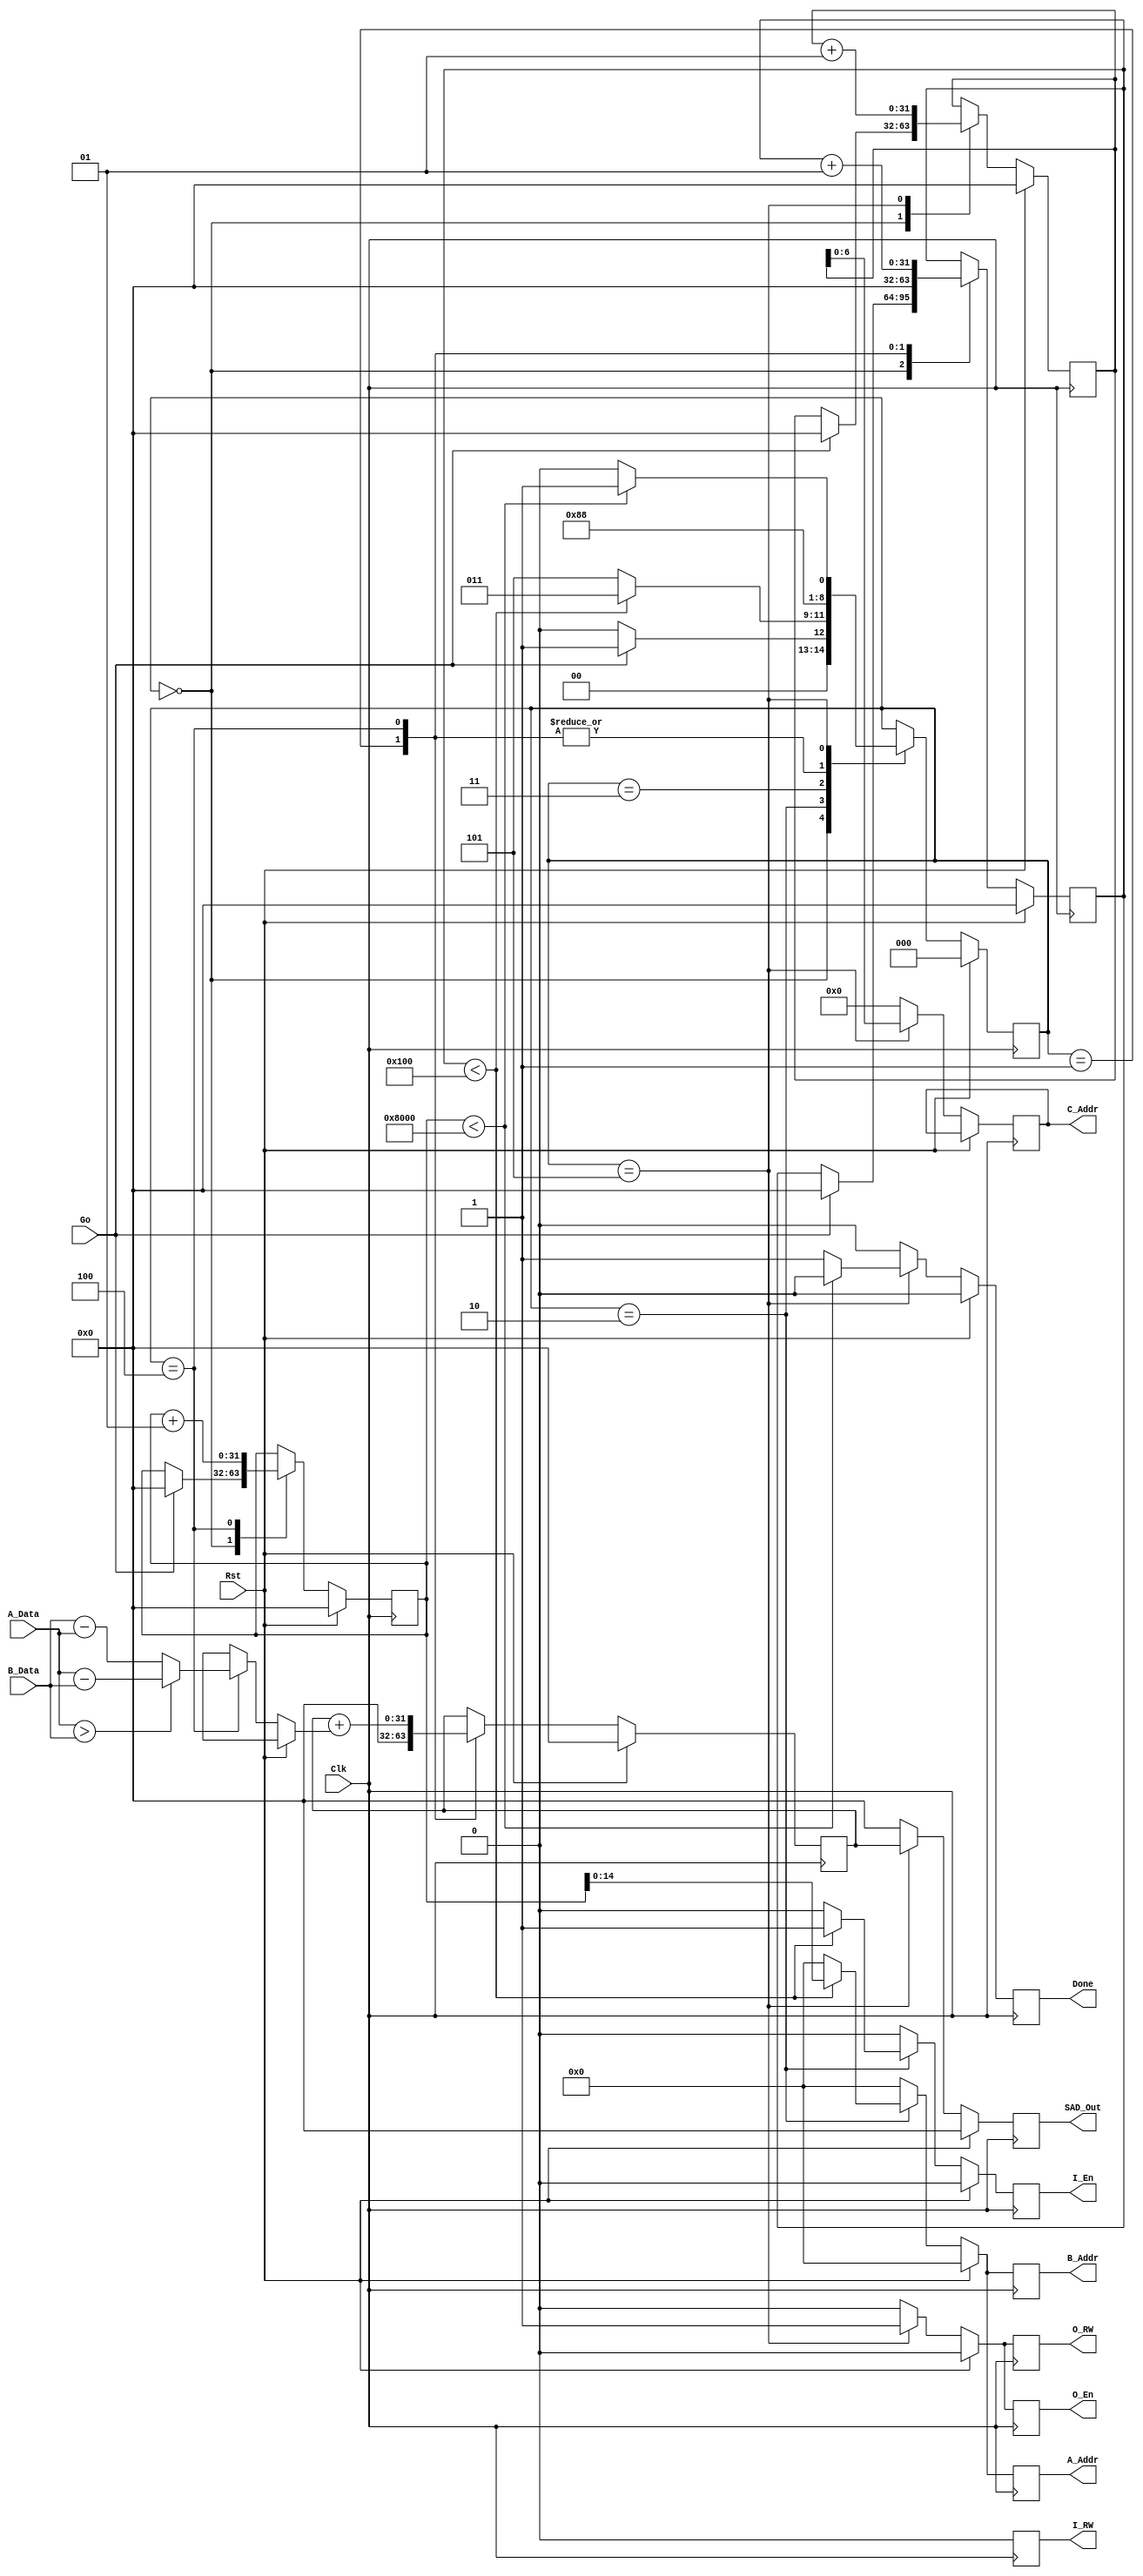
// ***********************************************************************
// TITLE       : SAD Behavioral Model   
// AFFILIATION : Dept. of CS, Sookmyung Women's University 
// DESCRIPTION : SAD One-procedure model                     
// ***********************************************************************
`timescale 1 ns/1 ns
`define A_WIDTH 15
`define D_WIDTH 8
`define ITR     128
`define CA_WIDTH 7

module SAD(Go, A_Addr, A_Data, 
           B_Addr, B_Data,C_Addr, 
	   I_RW,I_En, O_RW, O_En,
           Done, SAD_Out, Clk, Rst);

   input Go;
   input [(`D_WIDTH-1):0] A_Data, B_Data;
   output reg [(`A_WIDTH-1):0] A_Addr, B_Addr;
   output reg [(`CA_WIDTH-1):0] C_Addr;
   output reg I_RW, I_En, O_RW, O_En, Done; 
   output reg [31:0] SAD_Out;
   input Clk, Rst;

   parameter S0 = 3'b000, S1 = 3'b001,
             S2 = 3'b010, S3a = 3'b011, 
	     S3 = 3'b100, S4 = 3'b101;

   reg [2:0] State;
   reg [31:0] Sum; 
   integer I, J, K;

   function [(`D_WIDTH-1):0] ABSDiff;
      input [(`D_WIDTH-1):0] A;
      input [(`D_WIDTH-1):0] B;
      if (A>B) ABSDiff = A - B;
      else ABSDiff = B - A;
   endfunction

 always @(posedge Clk) begin
      if (Rst==1) begin
         A_Addr <= {`A_WIDTH{1'b0}};
         B_Addr <= {`A_WIDTH{1'b0}};
         I_RW <= 1'b0;
         I_En <= 1'b0;
	 O_RW <= 1'b0;
	 O_En <= 1'b0;
	 Done <= 1'b0;
         State <= S0;
         Sum <= 32'b0;
         SAD_Out <= 32'b0;
         I <= 0;
	 J <= 0;
	 K <= 0;
      end
      
      else begin
           
	   A_Addr <= {`A_WIDTH{1'b0}};
           B_Addr <= {`A_WIDTH{1'b0}};   
	   C_Addr <= {`CA_WIDTH{1'b0}};   
	   I_RW <= 1'b0;
           I_En <= 1'b0;
	   O_RW <= 1'b0;
	   O_En <= 1'b0;
	   Done <= 1'b0;
           SAD_Out <= 32'b0;
	   
	    
	   case (State)
                S0: begin
                    if (Go==1'b1) begin
                      State <= S1;
	              I <= 0;
		      J <= 0;
		      K <= 0;
	            end
		    else
                      State <= S0;
                    end
                S1: begin
                    Sum <= 32'b0;
		    J <= 0;
		    State <= S2;
                    end
                S2: begin
		    if (J < 256) 
		       begin
                       	 State <= S3a;
                       	 A_Addr <= I;
                       	 B_Addr <= I;
              	       	 I_RW <= 1'b0;
		       	 I_En <= 1'b1; 
		       end 
                    else
                       State <= S4;
                    end
		S3a: 
	            State <= S3;
            	S3: begin
               	    Sum <= Sum +
                    ABSDiff(A_Data, B_Data);
               	    I <= I + 1;
               	    J <= J + 1;
		    State <= S2;
                    end
            	S4: begin
               	    SAD_Out <= Sum;
		    C_Addr <= K;
              	    K <= K + 1;
		    O_RW <= 1'b1;
		    O_En <= 1'b1;
		    if(I < 32768) 
		       State <= S1;
	            else begin    
		           Done <= 1'b1;
		       	   State <= S0;
		         end
	            end  
            endcase
      end
   end


endmodule